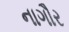
નાગૌર